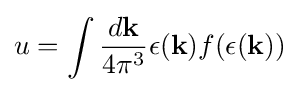
u=\int {\frac {d\mathbf {k} }{4\pi ^{3}}}\epsilon (\mathbf {k} )f(\epsilon (\mathbf {k} ))